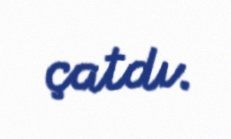
çatdı.